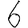
Digit: 6